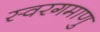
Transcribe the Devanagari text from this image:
स्वरगमाणु